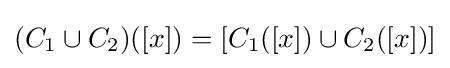
(C_{1}\cup C_{2})([x])=[C_{1}([x])\cup C_{2}([x])]